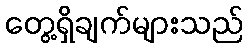
တွေ့ရှိချက်များသည်